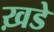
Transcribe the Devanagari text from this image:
ख़डे